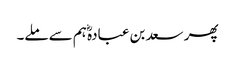
پھر سعد بن عبادہؓ ہم سے ملے۔